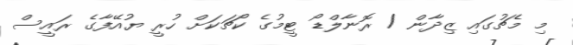
މި މެޗުގައި ޒިދާން / ރޮނާލްޑޯ ޓީމުގެ ކޯޗަކަށް ހުރީ ޔުއޭފާގެ ރައީސް